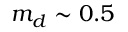
m _ { d } \sim 0 . 5